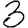
Digit: 3